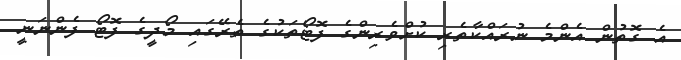
އެ ގޮތުން އެންމެ ނުރައްކާތެރި ކުށްވެރިންގެ ފޮޓޯތަކުގެ ތެރޭގައި މޯދީގެ ފޮޓޯ ފެންނަނީ